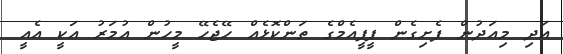
އަދި މިއަދުން ފެށިގެން ޕީޕީއެމްގެ ތަންކޮޅެއް ހޭޖެހޭ މީހުން އުމަރު އަކީ އެއީ